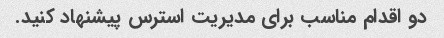
دو اقدام مناسب برای مدیریت استرس پیشنهاد کنید.